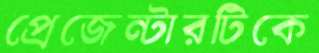
প্রেজেন্টারটিকে